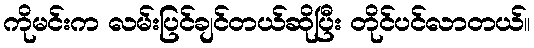
ကိုမင်းက လမ်းပြင်ချင်တယ်ဆိုပြီး တိုင်ပင်လာတယ်။